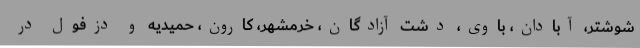
شوشتر، آبادان، باوی، دشت آزادگان، خرمشهر، کارون، حمیدیه و دزفول در